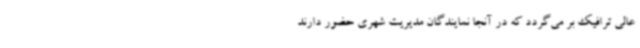
عالی ترافیک بر می‌گردد که در آنجا نمایندگان مدیریت شهری حضور دارند